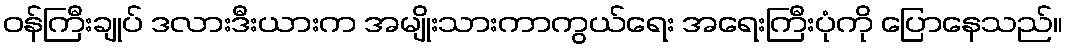
ဝန်ကြီးချုပ် ဒလားဒီးယားက အမျိုးသားကာကွယ်ရေး အရေးကြီးပုံကို ပြောနေသည်။